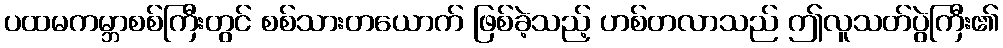
ပထမကမ္ဘာစစ်ကြီးတွင် စစ်သားတယောက် ဖြစ်ခဲ့သည့် ဟစ်တလာသည် ဤလူသတ်ပွဲကြီး၏